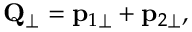
{ \bf Q } _ { \perp } = { \bf p } _ { 1 \perp } + { \bf p } _ { 2 \perp } ,